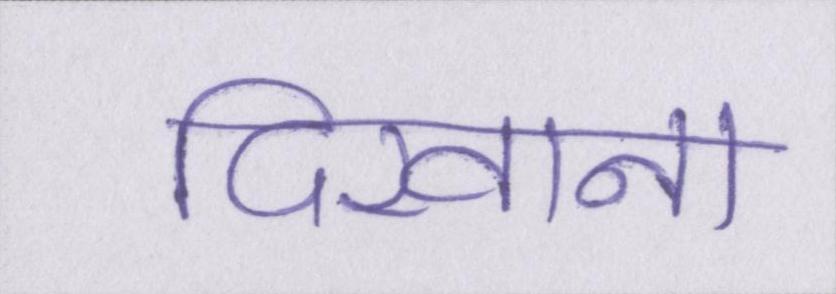
दिखाना